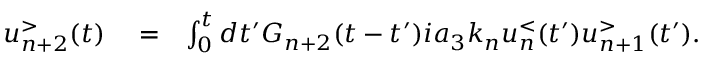
\begin{array} { r l r } { u _ { n + 2 } ^ { > } ( t ) } & { { } = } & { \int _ { 0 } ^ { t } d t ^ { \prime } G _ { n + 2 } ( t - t ^ { \prime } ) i a _ { 3 } k _ { n } u _ { n } ^ { < } ( t ^ { \prime } ) u _ { n + 1 } ^ { > } ( t ^ { \prime } ) . } \end{array}